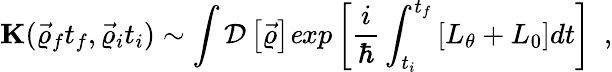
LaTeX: {\mathbf K}(\vec{\varrho}_{f}t_{f},\vec{\varrho}_{i}t_{i})\sim\int{\cal D}\left[\vec{\varrho}\right]{\mathit exp}\left[\frac{i}{\hbar}\int_{t_{i}}^{t_{f}}\left[L_{\theta}+L_{0}\right]dt\right]~~,